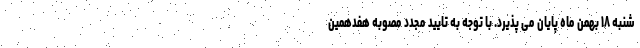
شنبه ۱۸ بهمن ماه پایان می پذیرد. با توجه به تایید مجدد مصوبه هفدهمین